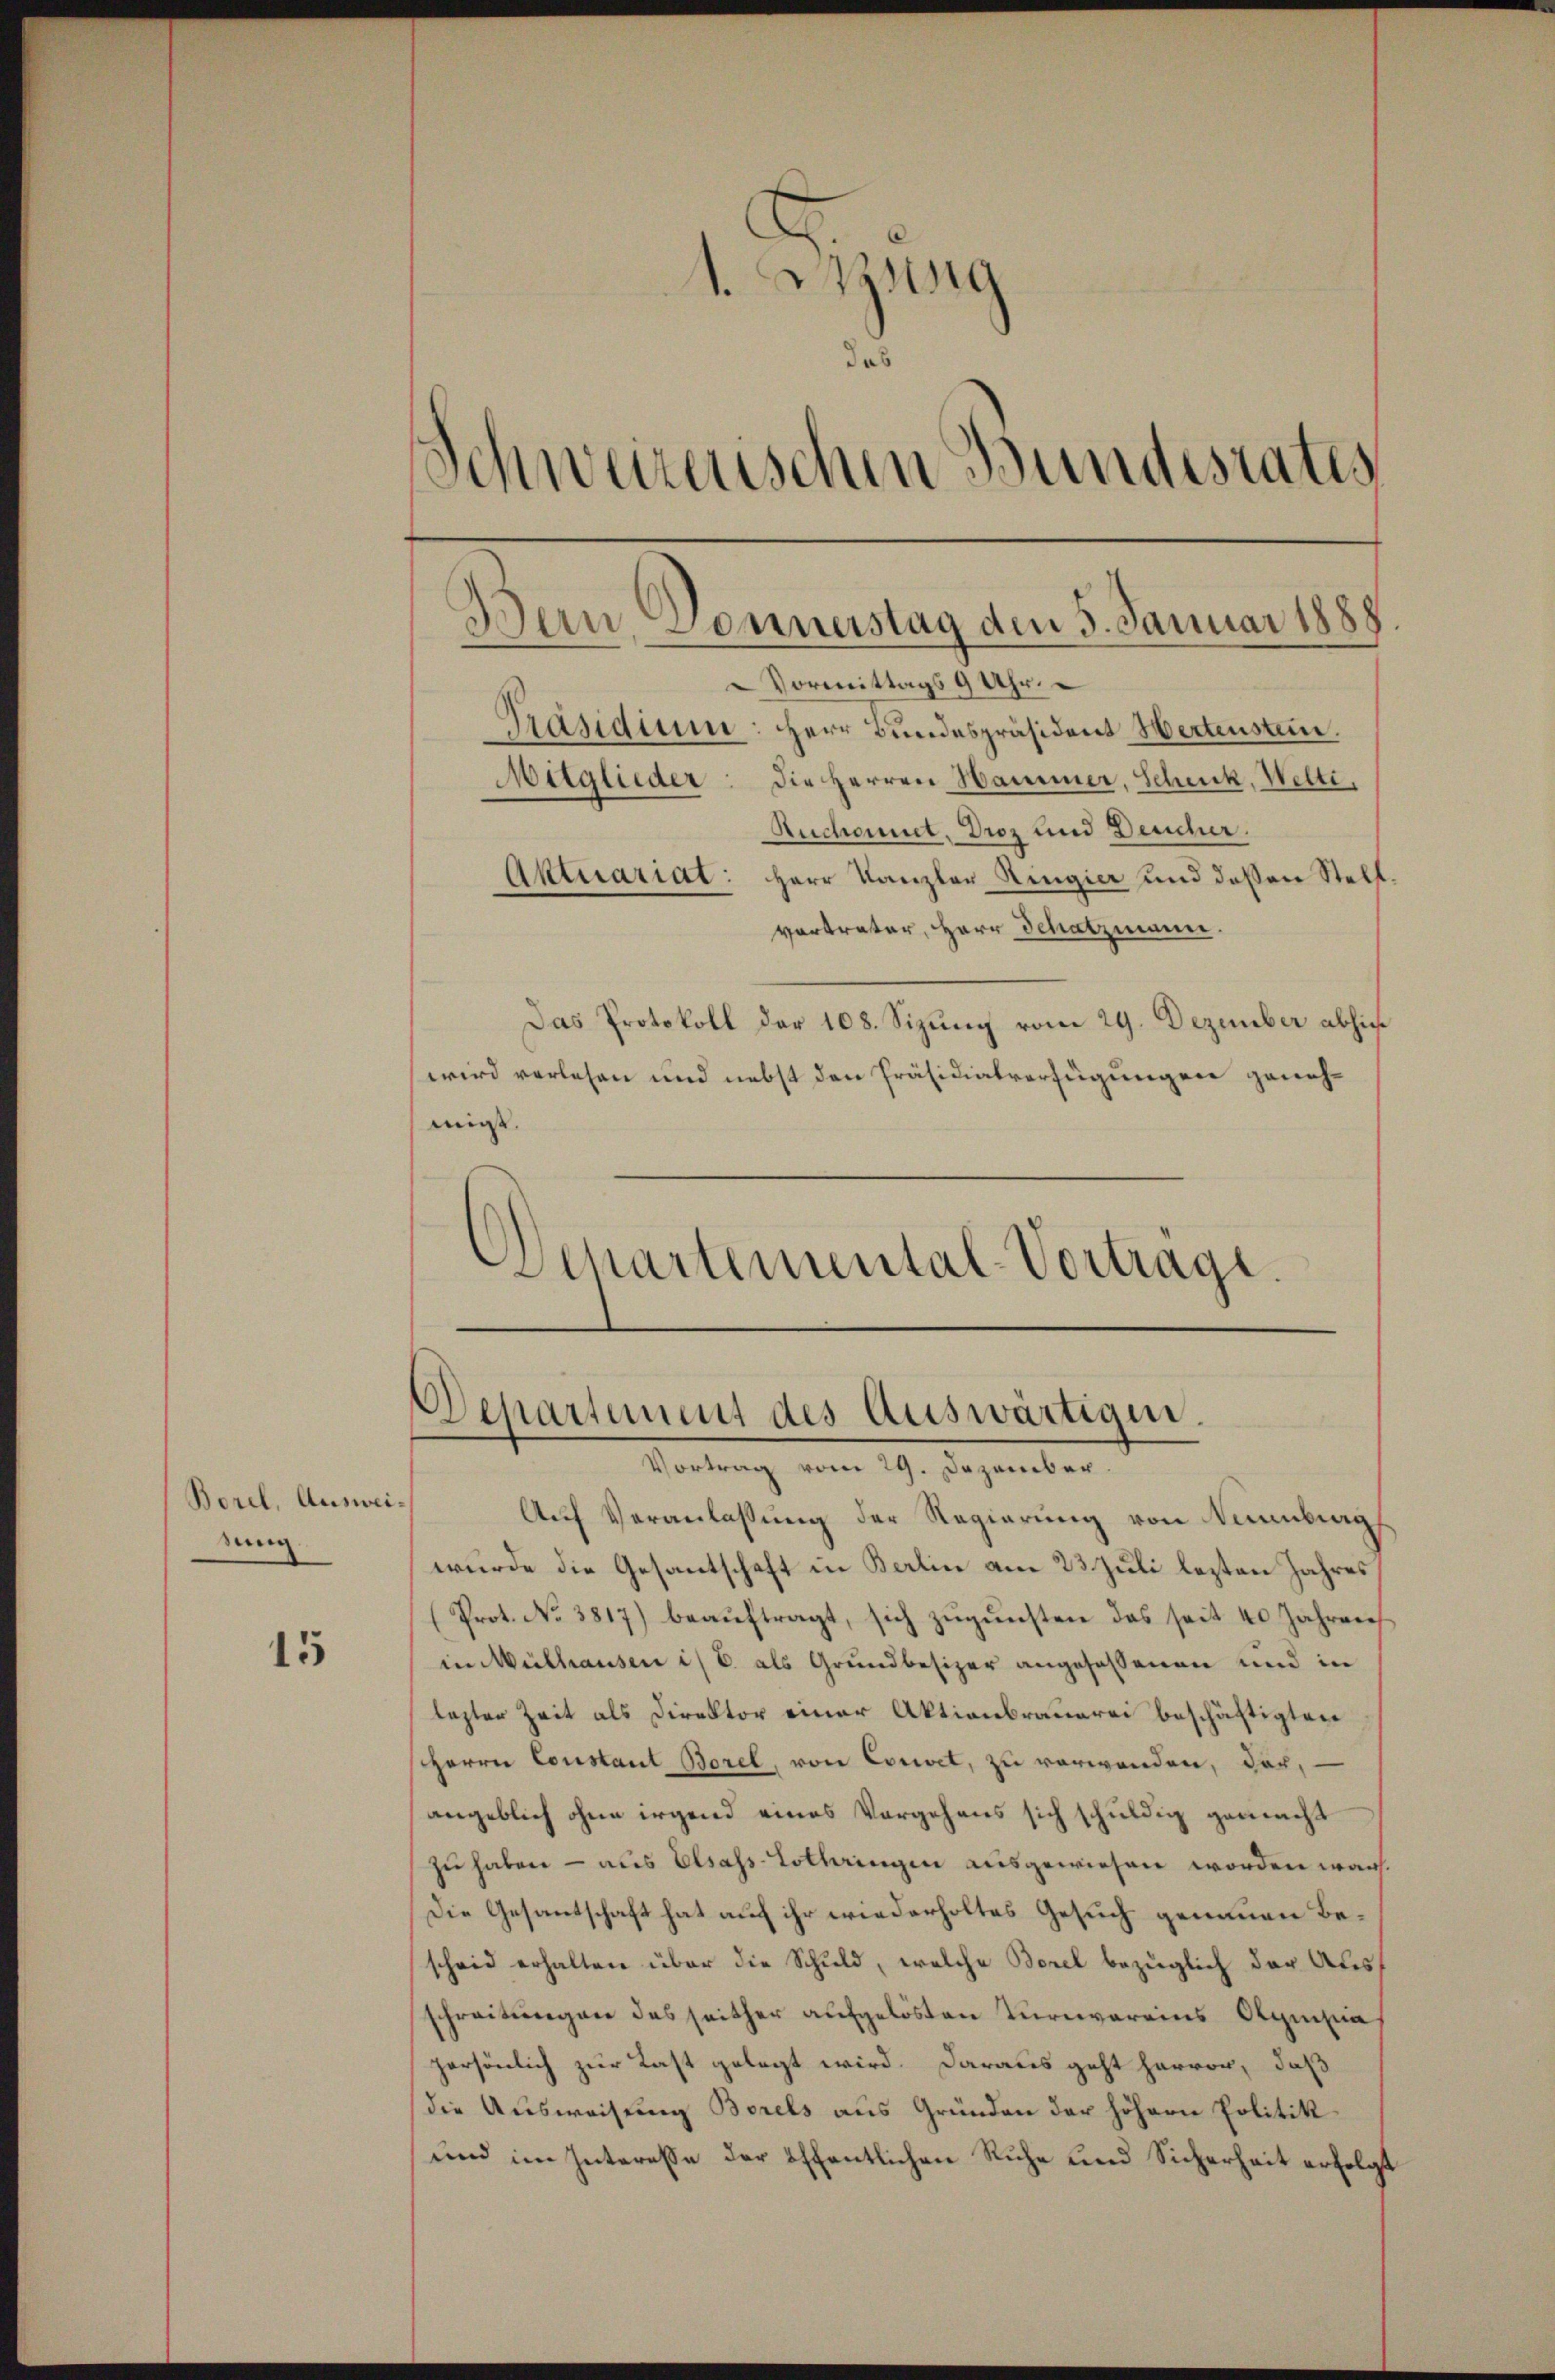
Borel, Auswei
sung

15

1. Wass
das
Schweizerischen Bundesrates
Bern, Sonnerstag den 3. Januar 1888
Vormittags 9 Uhr.
Präsidium: Herr Bundespräsident Wertensten.
Maglieder: Die Herren Hammer, Scheck, Welti,
Ruchonnet, Droz und Deucher.
Aktuariat: Herr Kanzler Ringier und deßen Stell¬

vertreter, Herr Schatzmann.
Das Protokoll der 108. Sizung vom 29. Dezember abhin
wird verlesen und nebst den Präsidialverfügungen genehmigt.
Departemental-Vortrage.

Departement des Auswärtigen.
Vortrag vom 29. Dezember.

Auf Veranlassung der Regierung von Naumburg
wurde die Gesantschaft in Balin am 23. Juli lezten Jahres
Prot. No 3817) beaŭftragt, sich zŭgŭnsten das seit 40 Jahren
in Mülhausen i. B. als Grundbesizer angeseßenen und in
lezter Zeit als Direktor einer Aktionbrauerei beschäftigten
Herrn Constant Borel, von Coriet, zu verwenden, dar,
angeblich ohne irgend eines Vorgehens sich schuldig gemacht
zu haben — aus Elsass-Lothringen ausgewiesen worden war.
Die Gesantschaft hat auf ihr wiederholtes Gesuch genauen Bescheid erhalten über die Schuld, welche Borel bezüglich der Ausschreitungen das seither aufgelösten Turnvereins Olympia
persönlich zur Last gelegt wird. Daraus geht hervor, daß
(die Ausweisung Borels aus Gründen der höhern Politik
und im Interesse der öffentlichen Ruhe und Sicherheit erfolgt